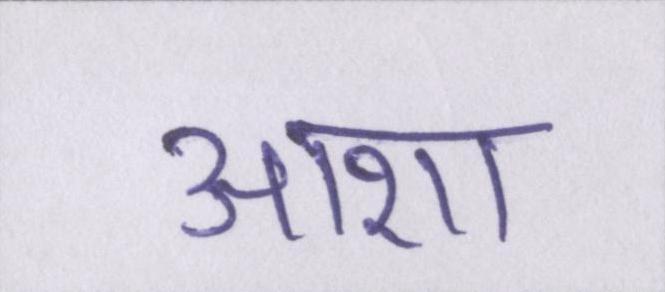
आशा